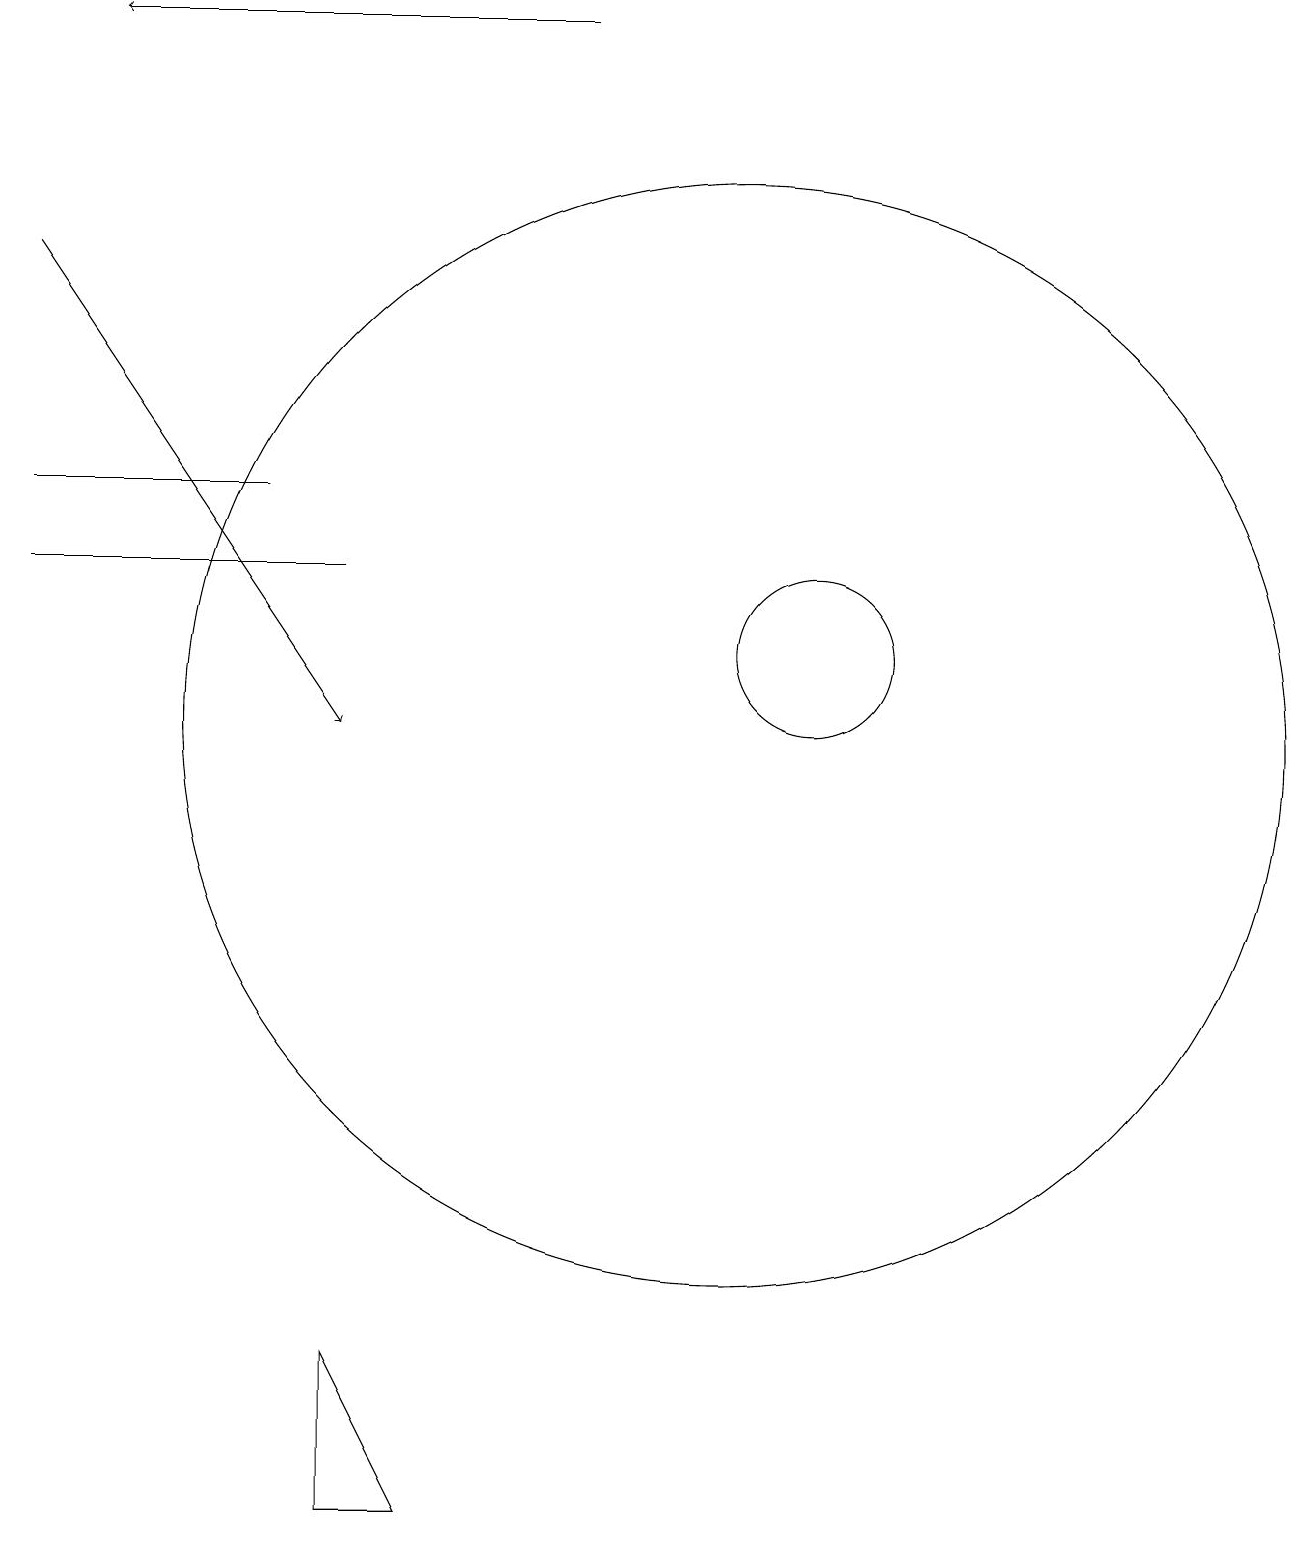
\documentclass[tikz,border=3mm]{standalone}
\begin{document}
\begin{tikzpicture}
\draw[->] (9,19) -- (3,19);
\draw (2,13) rectangle (5,13);
\draw (2,12) rectangle (6,12);
\draw (7,0) -- (6,2) -- (6,0) -- cycle;
\draw (11,10) circle (7);
\draw[->] (2,16) -- (6,10);
\draw (12,11) circle (1);
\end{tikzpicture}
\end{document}